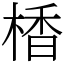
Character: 楿